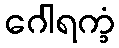
ဂေါရက္ခံ